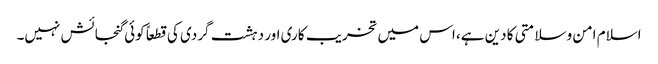
اسلام امن و سلامتی کا دین ہے، اس میں تخریب کاری اور دہشت گردی کی قطعاً کوئی گنجائش نہیں۔